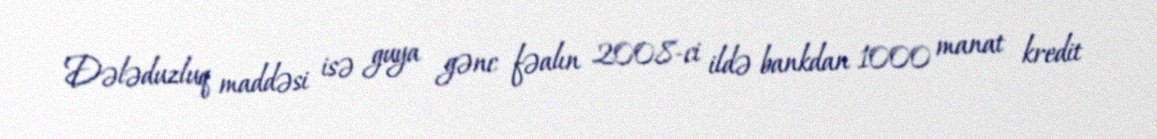
Dələduzluq maddəsi isə guya gənc fəalın 2008-ci ildə bankdan 1000 manat kredit